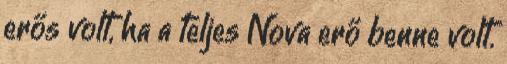
erős volt, ha a teljes Nova erő benne volt.